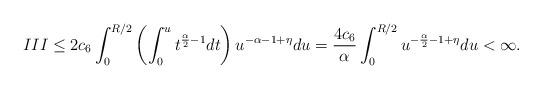
LaTeX: \begin{align*}III&\le 2 c_6\int_0^{R/2} \left( \int_0^u t^{\frac{\alpha}{2} -1}dt \right){u^{-\alpha-1+\eta}}du =\frac{4 c_6}{\alpha}\int_0^{R/2} {u^{-\frac{\alpha}{2}-1+\eta}}du <\infty.\end{align*}